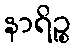
နာရိဉ္စ